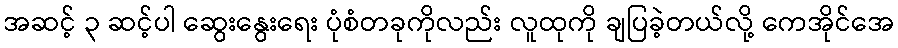
အဆင့် ၃ ဆင့်ပါ ဆွေးနွေးရေး ပုံစံတခုကိုလည်း လူထုကို ချပြခဲ့တယ်လို့ ကေအိုင်အေ